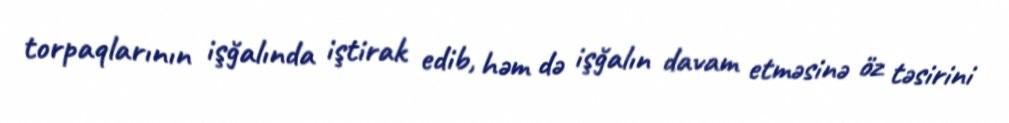
torpaqlarının işğalında iştirak edib, həm də işğalın davam etməsinə öz təsirini